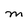
Character: M